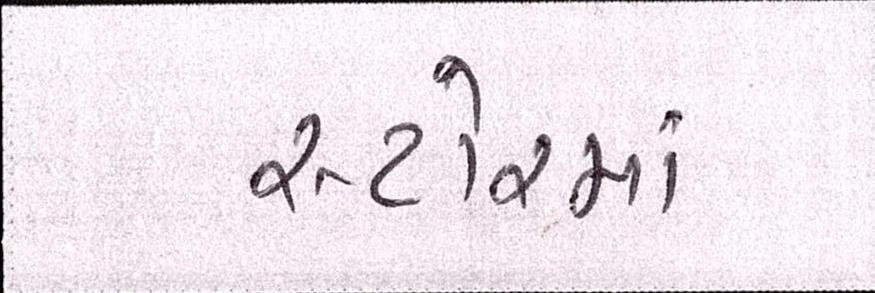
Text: સ્ટોરમાં